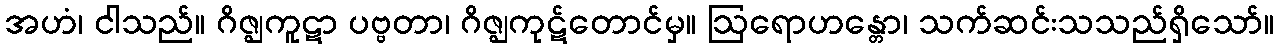
အဟံ၊ ငါသည်။ ဂိဇ္ဈကူဋာ ပဗ္ဗတာ၊ ဂိဇ္ဈကုဋ်တောင်မှ။ ဩရောဟန္တော၊ သက်ဆင်းသသည်ရှိသော်။